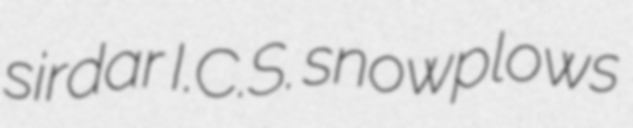
sirdar I.C.S. snowplows